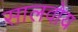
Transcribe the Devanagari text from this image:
सालवोय